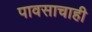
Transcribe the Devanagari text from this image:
पावसाचाही